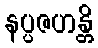
နပ္ပဇဟန္တိ